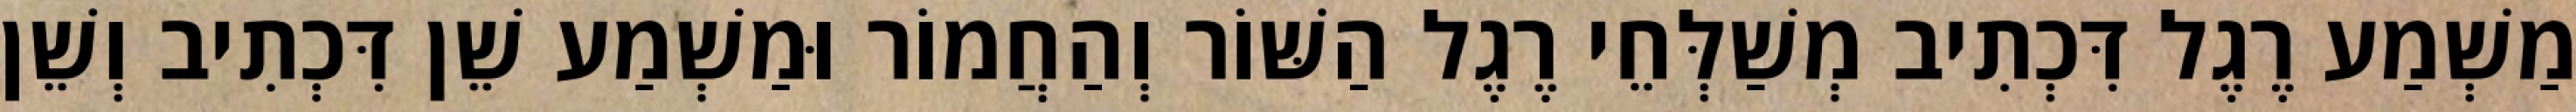
מַשְׁמַע רֶגֶל דִּכְתִיב מְשַׁלְּחֵי רֶגֶל הַשּׁוֹר וְהַחֲמוֹר וּמַשְׁמַע שֵׁן דִּכְתִיב וְשֵׁן